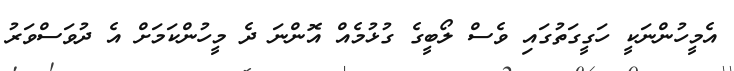
އެމީހުންނަކީ ހަގީގަތުގައި ވެސް ލޯބީގެ ގުޅުމެއް އޮންނަ ދެ މީހުންކަމަށް އެ ދުވަސްވަރު